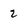
Character: 2